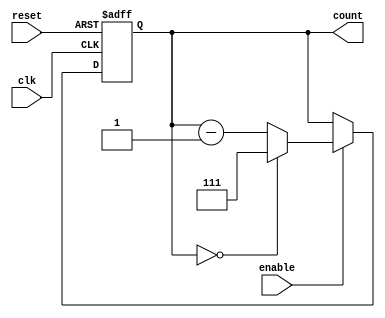
module binary_down_counter (
    input wire clk,        // Clock signal
    input wire reset,      // Asynchronous active-high reset
    input wire enable,     // Active-high enable signal
    output reg [2:0] count // 3-bit counter output
);

    // Maximum value for a 3-bit counter is 7 (binary 111)
    localparam MAX_VALUE = 3'b111;

    // Asynchronous reset and counter logic
    always @(posedge clk or posedge reset) begin
        if (reset) begin
            count <= MAX_VALUE; // Reset counter to maximum value
        end else if (enable) begin
            if (count == 3'b000) begin
                count <= MAX_VALUE; // Wrap around to maximum value
            end else begin
                count <= count - 1; // Decrement the counter
            end
        end
        // If enable is low, count retains its value
    end

endmodule